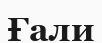
Ғали